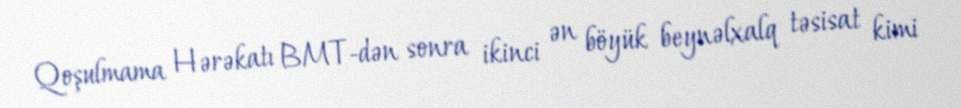
Qoşulmama Hərəkatı BMT-dən sonra ikinci ən böyük beynəlxalq təsisat kimi